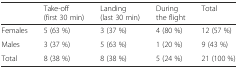
<table><thead><tr><td></td><td><b>Take-off (first 30 min)</b></td><td><b>Landing (last 30 min)</b></td><td><b>During the flight</b></td><td><b>Total</b></td></tr></thead><tbody><tr><td>Females</td><td>5 (63 %)</td><td>3 (37 %)</td><td>4 (80 %)</td><td>12 (57 %)</td></tr><tr><td>Males</td><td>3 (37 %)</td><td>5 (63 %)</td><td>1 (20 %)</td><td>9 (43 %)</td></tr><tr><td>Total</td><td>8 (38 %)</td><td>8 (38 %)</td><td>5 (24 %)</td><td>21 (100 %)</td></tr></tbody></table>